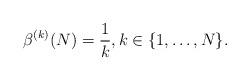
LaTeX: \begin{align*}\beta^{(k)}(N)=\frac{1}{k},k\in\{1,\ldots, N\}.\end{align*}